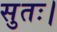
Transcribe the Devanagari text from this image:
सुतः।